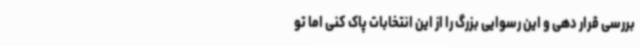
بررسی قرار دهی و این رسوایی بزرگ را از این انتخابات پاک کنی اما تو